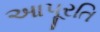
આપૂરતિ